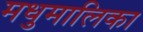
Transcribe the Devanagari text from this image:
मधुमालिका